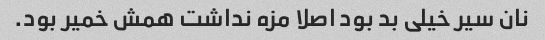
نان سیر خیلی بد بود اصلا مزه نداشت همش خمیر بود.